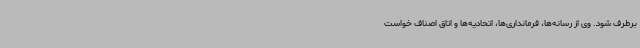
برطرف شود. وی از رسانه‌ها، فرمانداری‌ها، اتحادیه‌ها و اتاق اصناف خواست